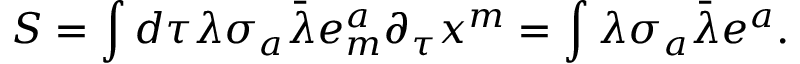
S = \int d \tau \lambda \sigma _ { a } \bar { \lambda } e _ { m } ^ { a } \partial _ { \tau } x ^ { m } = \int \lambda \sigma _ { a } \bar { \lambda } e ^ { a } .